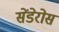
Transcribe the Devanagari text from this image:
सेंडेरोस